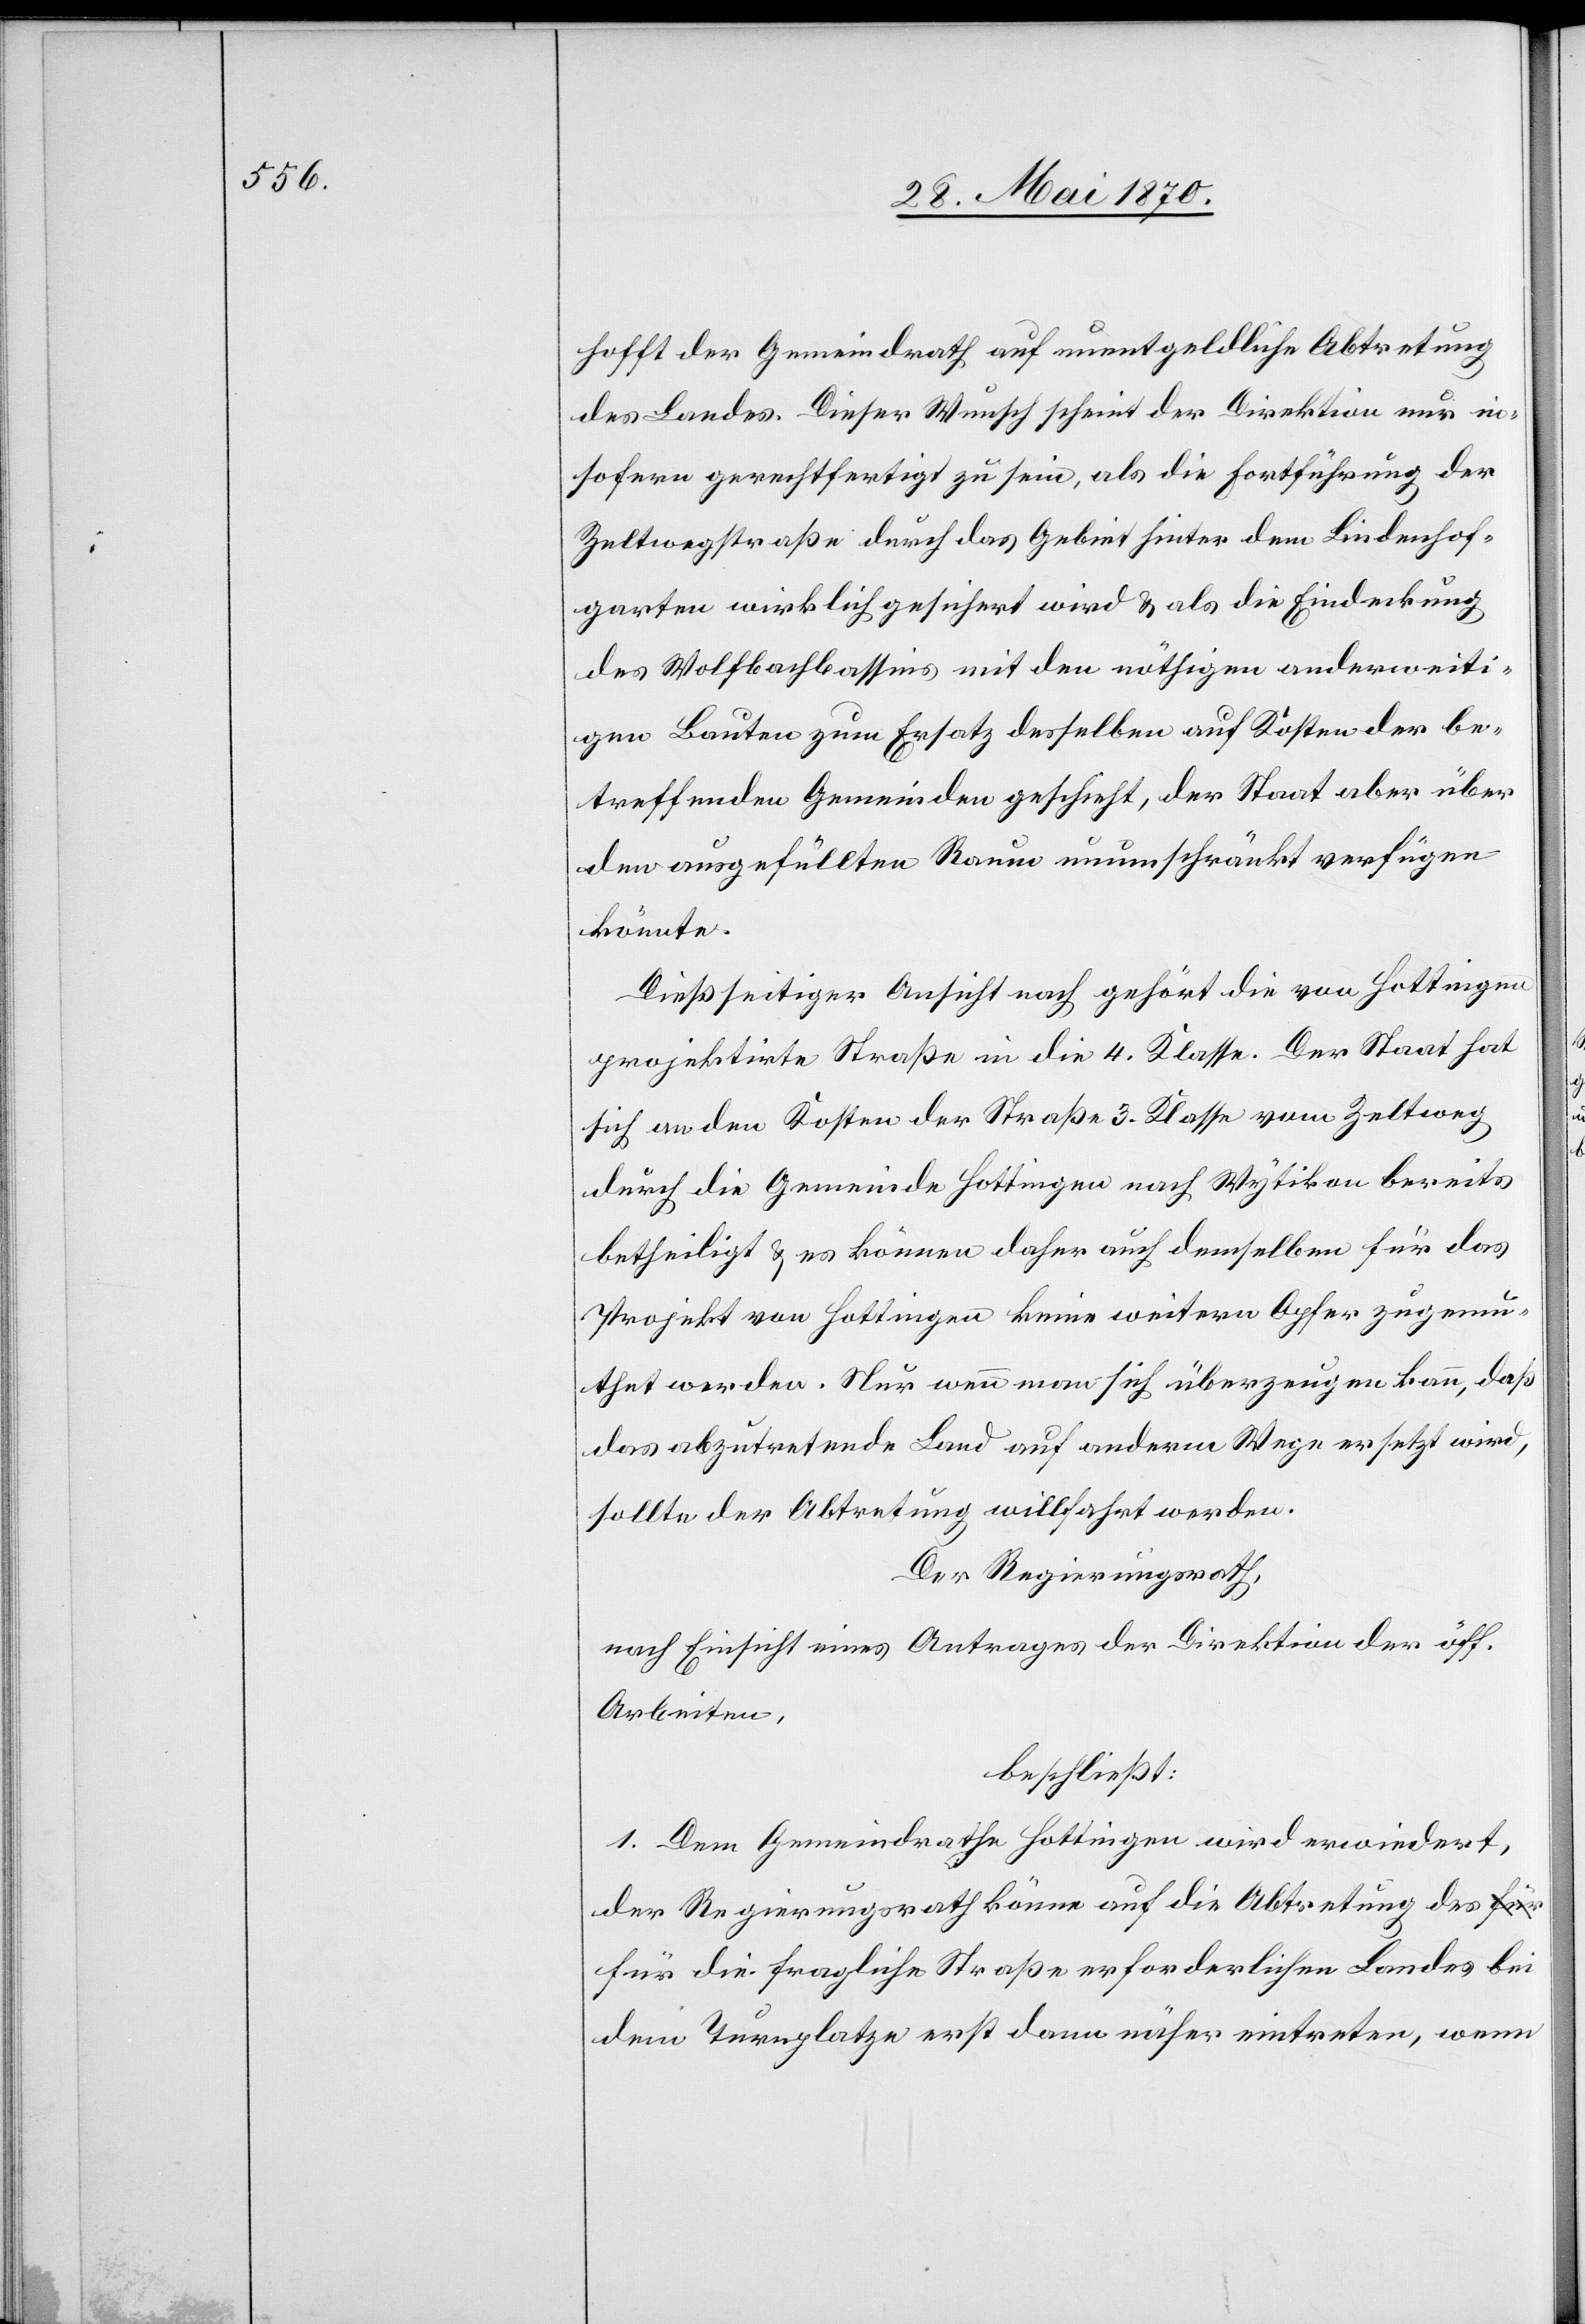
hofft der Gemeindrath auf unentgeldliche Abtretung
des Landes. Dieser Wunsch scheint der Direktion nur in¬
sofern gerechtfertigt zu sein, als die Fortführung der
Zeltwegstraße durch das Gebiet hinter dem Lindenhof¬
garten wirklich gesichert wird & als die Eindeckung
des Wolfbachbassins mit den nöthigen anderweiti¬
gen Bauten zum Ersatz desselben auf Kosten der be¬
treffenden Gemeinden geschieht, der Staat aber über
den ausgefüllten Raum unumschränkt verfügen
könnte.
Dießseitiger Ansicht nach gehört die von Hottingen
projektirte Straße in die 4. Klasse. Der Staat hat
sich an den Kosten der Straße 3. Klasse vom Zeltweg
durch die Gemeinde Hottingen nach Wytikon bereits
betheiligt & es können daher auch demselben für das
Projekt von Hottingen keine weitern Opfer zugemu¬
thet werden. Nur wenn man sich überzeugen kann, daß
das abzutretende Land auf anderm Wege ersetzt wird,
sollte der Abtretung willfahrt werden.
Der Regierungsrath,
nach Einsicht eines Antrages der Direktion der öff.
Arbeiten,
beschließt:
1. Dem Gemeindrathe Hottingen wird erwiedert,
der Regierungsrath könne auf die Abtretung des f¬
ür die fragliche Straße erforderlichen Landes bei
dem Turnplatze erst dann näher eintreten, wenn